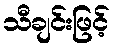
သီချင်းဖြင့်